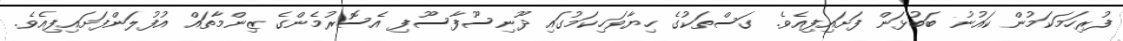
ފުރިހަމަކަމުން ކައުނު ބަބުޅަން ފަށައިފިއެވެ. ގަސްތަކުގެ ހިޔާވަހިކަމުގައި ދޫނިސޫފާސޫފި އެސޮރުމެންގެ ޒިންމާތައް އުފުލަންފަށައިފިއެވެ.